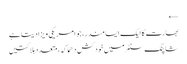
←
بھارت کا ایک ایسا مندر، جو امریکی ویزا دیتا ہے
شاپنگ سنٹرمیں خودکش دھماکہ، متعدد ہلاکتیں